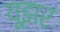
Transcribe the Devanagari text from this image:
यूझर